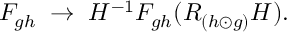
F _ { g h } \; \rightarrow \; H ^ { - 1 } F _ { g h } ( R _ { ( h \odot g ) } H ) .